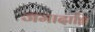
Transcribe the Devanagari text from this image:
जमादाग्नि